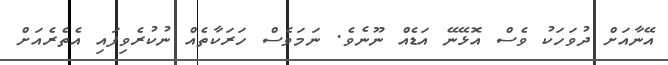
އޭނާއަށް ދުވަހަކު ވެސް އޮޅޭނޭ އަޑެއް ނޫނެވެ. ނަމަވެސް ހަރަކާތެއް ނުކުރެވިފައި އެތެރެއަށް